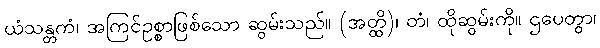
ယံသန္တကံ၊ အကြင်ဥစ္စာဖြစ်သော ဆွမ်းသည်။ (အတ္ထိ)၊ တံ၊ ထိုဆွမ်းကို။ ဌပေတွာ၊